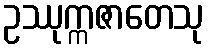
ဥဿုက္ကဇာတေသု